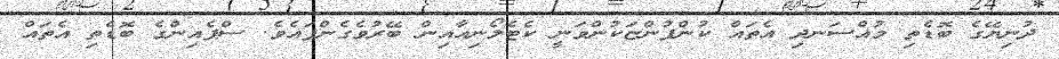
ދުނިޔޭގެ ބޮޑެތި މުއްސަނދި އެތައް ކުންފުންޏަކުންވަނީ ކެޓެލޯނިއާއިން ބޭރުވެގެންފައެވެ. ސްޕެއިންގެ ބޮޑެތި އެތައް